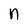
Character: n